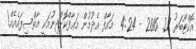
އޮކްޓޯބަރު 27